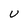
Character: u